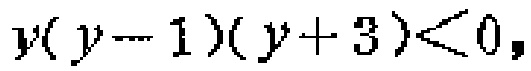
\(y(y - 1)(y + 3)<0\)